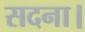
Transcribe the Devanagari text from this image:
सदना।